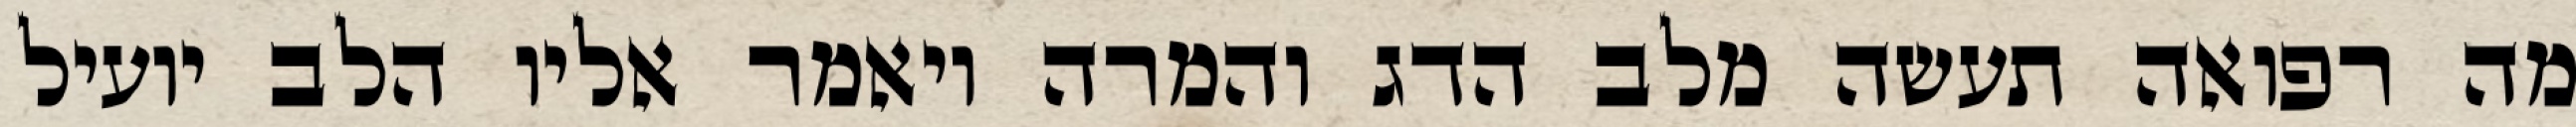
מה רפואה תעשה מלב הדג והמרה ויאמר אליו הלב יועיל